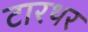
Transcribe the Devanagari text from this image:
टारथर